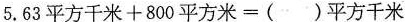
$$5 . 6 3 平 方 千 米 + 8 0 0 平 方 米 = （ ） 平 方 千 米$$